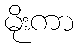
မိုးကာ